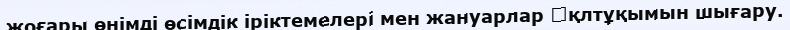
жоғары өнімді өсімдік іріктемелері мен жануарлар 􀀃қлтұқымын шығару.